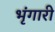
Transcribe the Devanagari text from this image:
भृंगारी